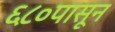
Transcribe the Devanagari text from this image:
६८०पासून